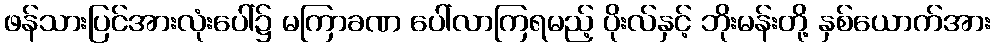
ဖန်သားပြင်အားလုံးပေါ်၌ မကြာခဏ ပေါ်လာကြရမည့် ပိုးလ်နှင့် ဘိုးမန်းတို့ နှစ်ယောက်အား